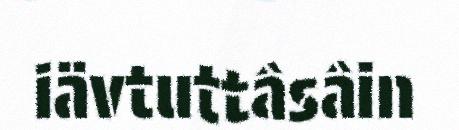
iävtuttâsâin